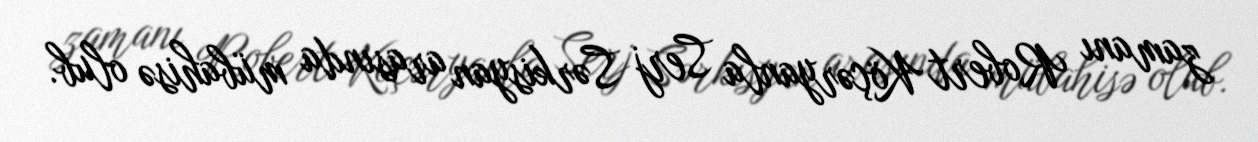
zamanı Robert Köçəryanla Serj Sərkisyan arasında mübahisə olub.